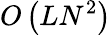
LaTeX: O\left(LN^{2}\right)